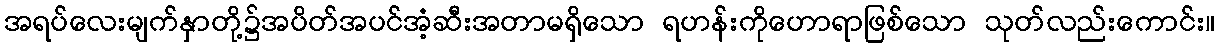
အရပ်လေးမျက်နှာတို့၌အပိတ်အပင်အံ့ဆီးအတာမရှိသော ရဟန်းကိုဟောရာဖြစ်သော သုတ်လည်းကောင်း။